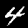
Digit: 4